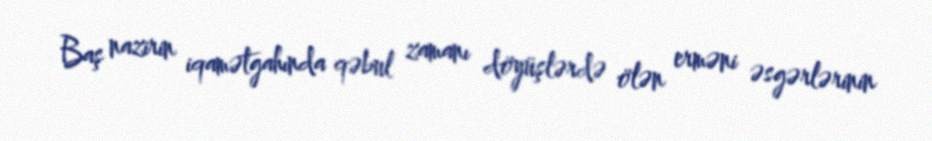
Baş nazirin iqamətgahında qəbul zamanı döyüşlərdə ölən erməni əsgərlərinin